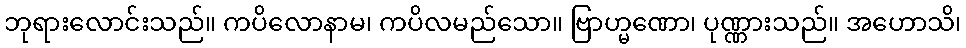
ဘုရားလောင်းသည်။ ကပိလောနာမ၊ ကပိလမည်သော။ ဗြာဟ္မဏော၊ ပုဏ္ဏားသည်။ အဟောသိ၊